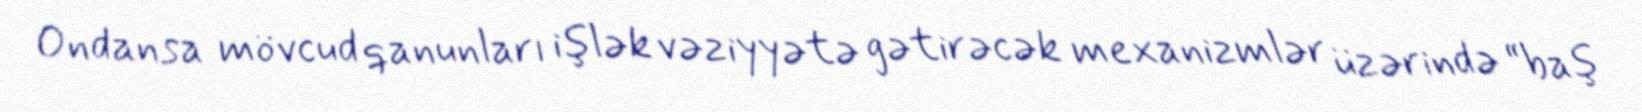
Ondansa mövcud qanunları işlək vəziyyətə gətirəcək mexanizmlər üzərində “baş